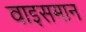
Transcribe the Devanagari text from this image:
वाइसमान